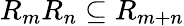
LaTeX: R_{m}R_{n}\subseteq R_{m+n}